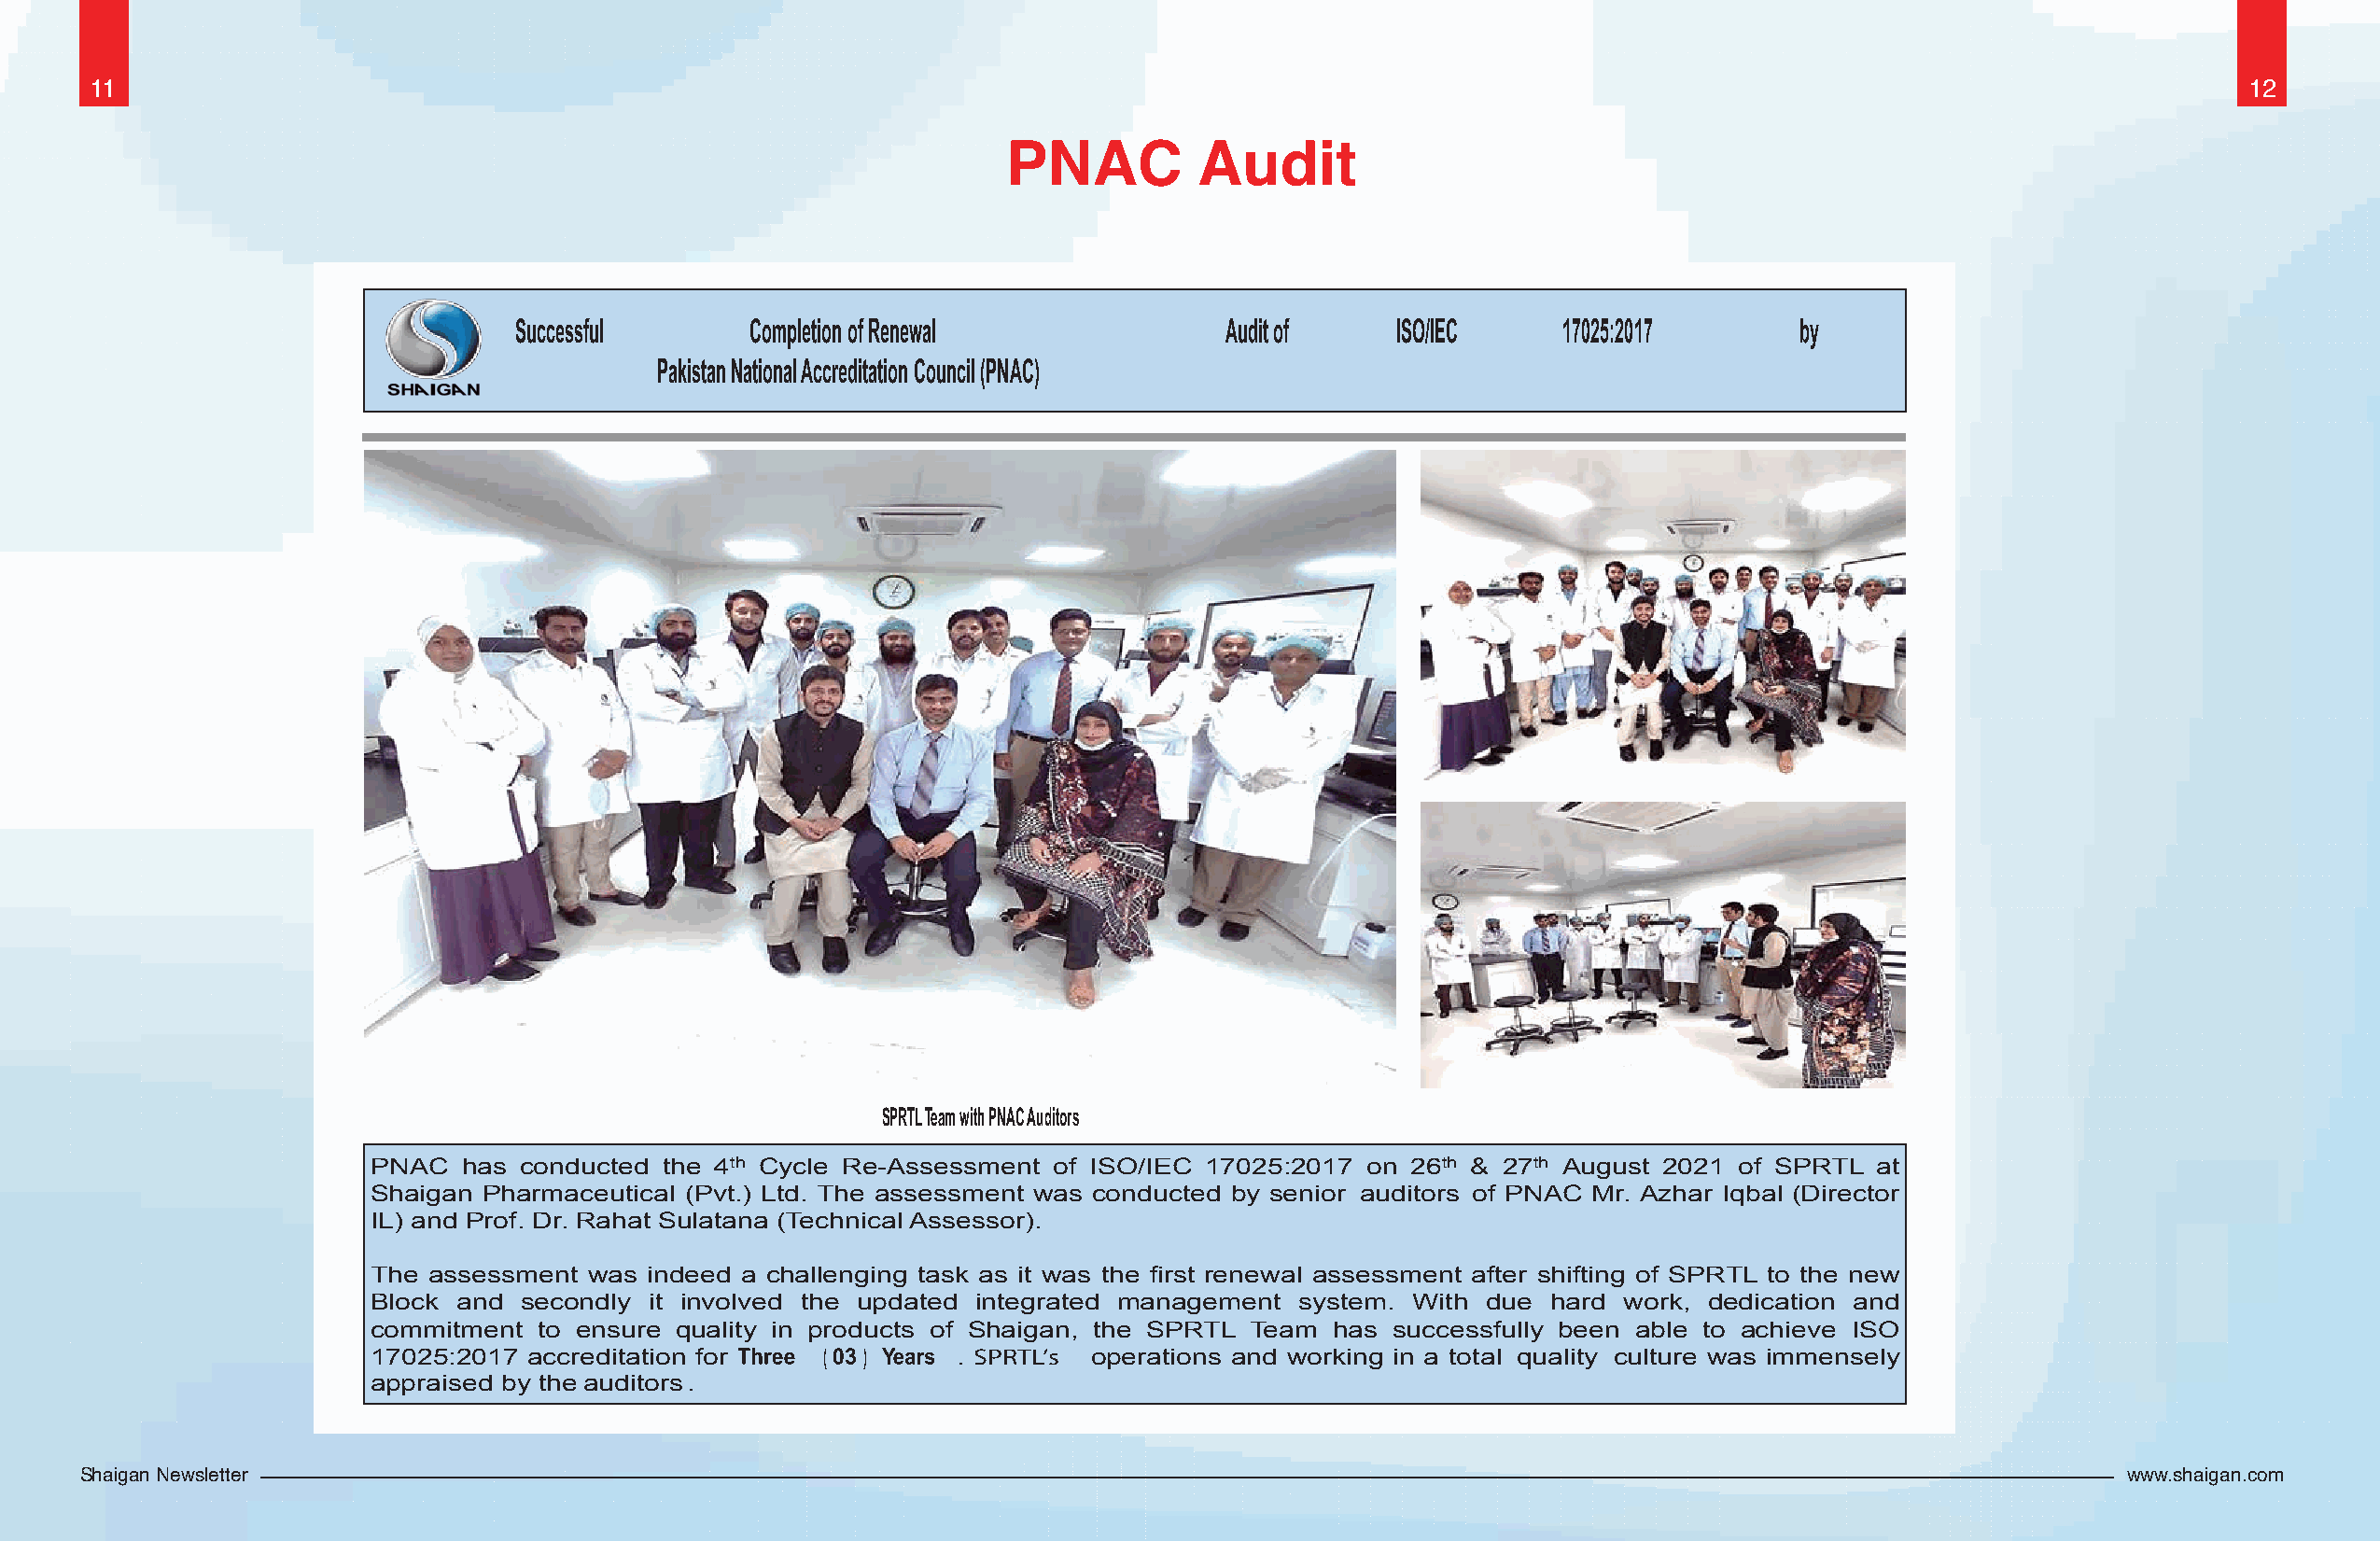
11                                                                                                                                                       12
 PNAC          Audit
 Successful      Completion of Renewal             Audit of    ISO/IEC     17025:2017       by
 Pakistan National Accreditation Council (PNAC)
 SPRTL Team with PNAC Auditors
 PNAC   has conducted the 4th Cycle Re-Assessment of ISO/IEC 17025:2017 on 26th & 27th August 2021 of SPRTL at
 Shaigan Pharmaceutical (Pvt.) Ltd. The assessment was conducted by senior auditors of PNAC Mr. Azhar Iqbal (Director
 IL) and Prof. Dr. Rahat Sulatana (Technical Assessor).
 The assessment  was indeed a challenging task as it was the first renewal assessment after shifting of SPRTL to the new
 Block and  secondly it involved the updated integrated management system. With due  hard work, dedication and
 commitment  to ensure quality in products of Shaigan, the SPRTL Team has successfully been able to achieve ISO
 17025:2017 accreditation for Three (03 ) Years . SPRTL’s operations and working in a total quality culture was immensely
 appraised by the auditors.
 Shaigan Newsletter                                                                                                                               www.shaigan.com